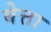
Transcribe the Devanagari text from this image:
बेत्ता